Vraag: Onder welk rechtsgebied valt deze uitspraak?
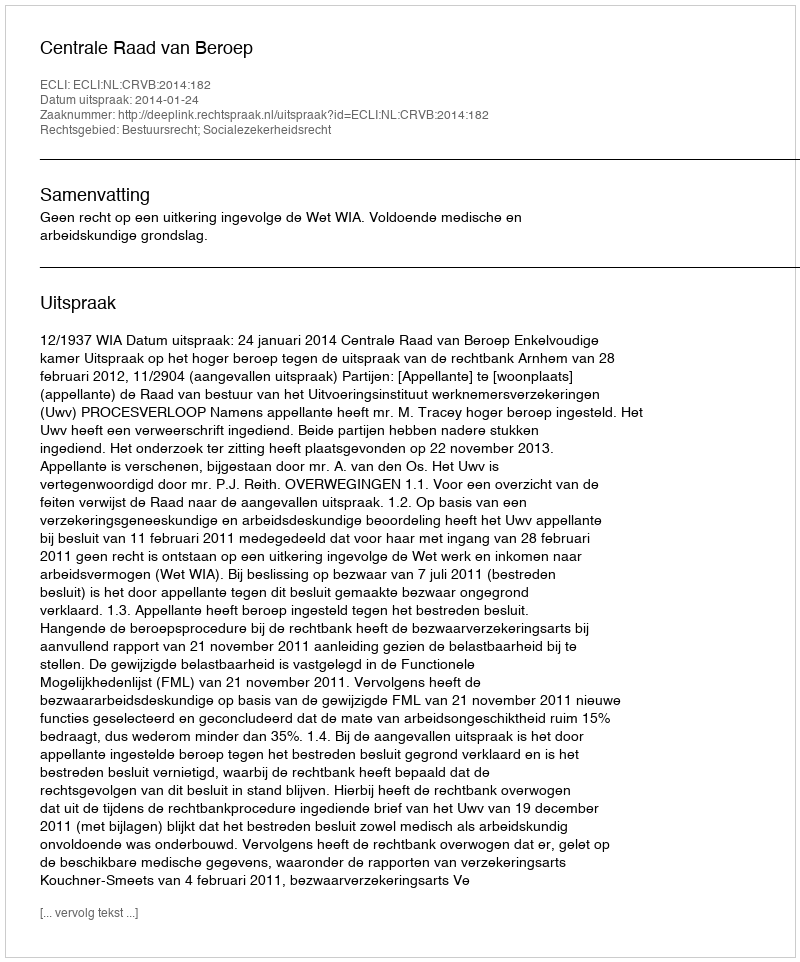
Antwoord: Bestuursrecht; Socialezekerheidsrecht